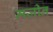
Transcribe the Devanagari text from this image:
मज़ीन